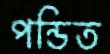
পন্ডিত